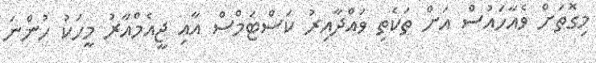
މިގޮތަށް ވެއާހައުސް އަށް ތަކެތި ވައްދާއިރު ކަސްޓަމްސް އާއި ޖީއެމްއާރު މީހަކު ހުންނަ